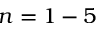
n = 1 - 5